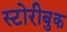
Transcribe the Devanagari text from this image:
स्टोरीबुक